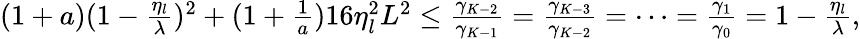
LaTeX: \begin{array}{r}{(1+a)(1-\frac{\eta_{l}}{\lambda})^{2}+(1+\frac{1}{a})16\eta_{l}^{2}L^{2}\leq\frac{\gamma_{K-2}}{\gamma_{K-1}}=\frac{\gamma_{K-3}}{\gamma_{K-2}}=\cdots=\frac{\gamma_{1}}{\gamma_{0}}=1-\frac{\eta_{l}}{\lambda},}\end{array}